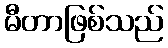
မီတာဖြစ်သည်